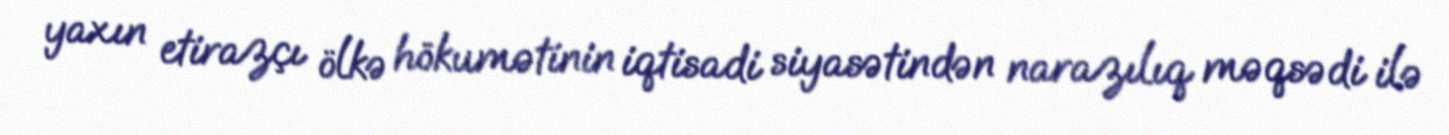
yaxın etirazçı ölkə hökumətinin iqtisadi siyasətindən narazılıq məqsədi ilə